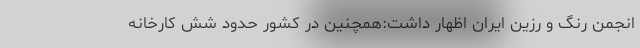
انجمن رنگ و رزین ایران اظهار داشت:همچنین در کشور حدود شش کارخانه